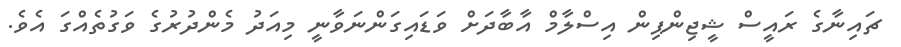
ޗައިނާގެ ރައީސް ޝީޖިންޕިން އިސްލާމް އާބާދަށް ވަޑައިގަންނަވާނީ މިއަދު މެންދުރުގެ ވަގުތެއްގަ އެވެ.